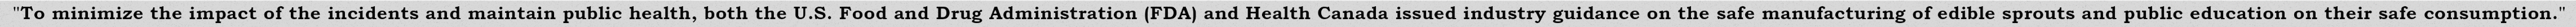
"To minimize the impact of the incidents and maintain public health, both the U.S. Food and Drug Administration (FDA) and Health Canada issued industry guidance on the safe manufacturing of edible sprouts and public education on their safe consumption."